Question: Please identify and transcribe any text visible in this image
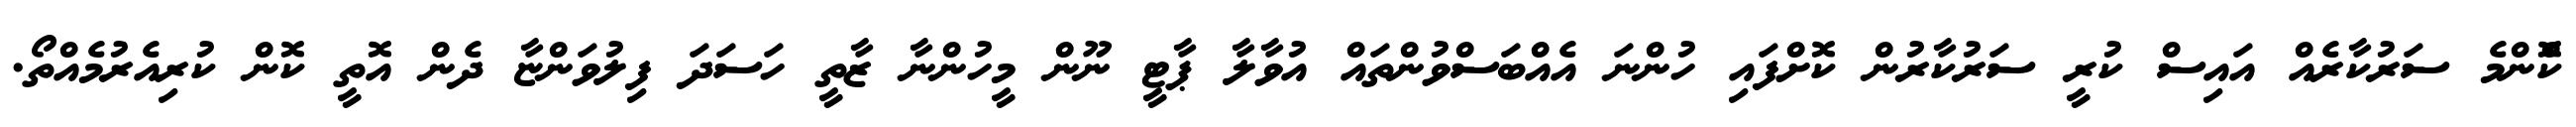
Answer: ކޮްންމެ ސަރުކާރެއް އައިސް ކުރީ ސަރުކާރުން ކޮށްފައި ހުންނަ އެއްބަސްވުންތައް އުވާލާ ޕާޓީ ނޫން މީހުންނާ ޒާތީ ހަސަދަ ފިލުވަންޏާ ދެން އޮތީ ކޮން ކުރިއެރުމެއްތޯ.